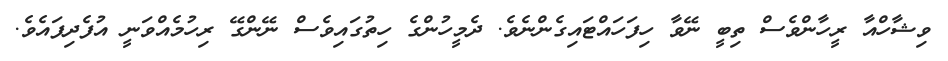
ވިޝާހްއާ ރީހާންވެސް ތިބީ ނޭވާ ހިފަހައްޓައިގެންނެވެ. ދެމީހުންގެ ހިތުގައިވެސް ނޭންގޭ ރިހުމެއްވަނީ އުފެދިފައެވެ.